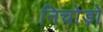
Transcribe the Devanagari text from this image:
निचोड़ो